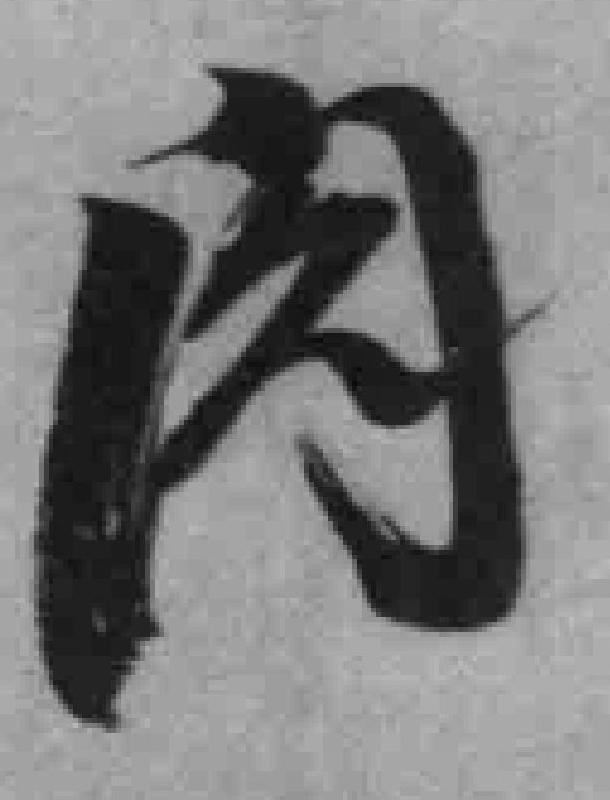
肉